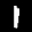
Label: 1